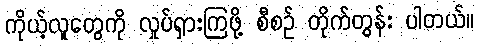
ကိုယ့်လူတွေကို လှုပ်ရှားကြဖို့ စီစဉ် တိုက်တွန်း ပါတယ်။